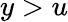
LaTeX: y>u